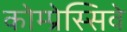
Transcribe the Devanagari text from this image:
कोम्प्रेस्सिवे